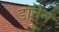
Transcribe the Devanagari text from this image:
डॉनेन